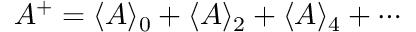
A ^ { + } = \langle A \rangle _ { 0 } + \langle A \rangle _ { 2 } + \langle A \rangle _ { 4 } + \cdots